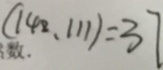
( 1 4 2 , 1 1 1 ) = 3 7